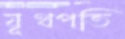
যূথপতি